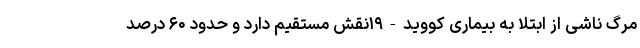
مرگ ناشی از ابتلا به بیماری کووید-۱۹نقش مستقیم دارد و حدود ۶۰ درصد